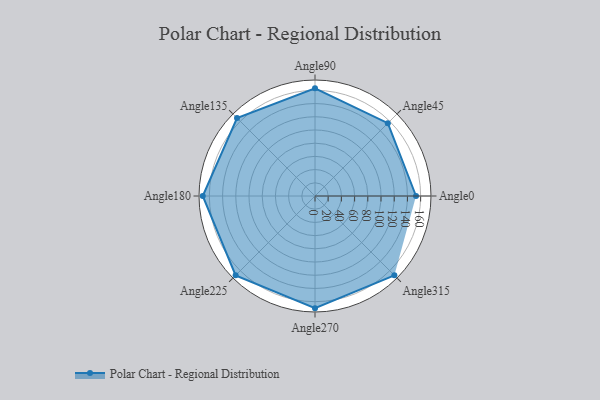
{"axis": {"x": "Angle", "y": "Radius"}, "legend": [""], "data": [{"x": "Angle0", "y": 153.0, "type": ""}, {"x": "Angle45", "y": 156.0, "type": ""}, {"x": "Angle90", "y": 163.0, "type": ""}, {"x": "Angle135", "y": 167.0, "type": ""}, {"x": "Angle180", "y": 170, "type": ""}, {"x": "Angle225", "y": 170, "type": ""}, {"x": "Angle270", "y": 170, "type": ""}, {"x": "Angle315", "y": 170, "type": ""}]}